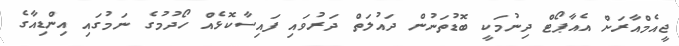
ޖީއެމްއާރަށް އެއާޕޯޓް ދިނުމަކީ ބޮޑުތަނުން ދައުލަތް ދަރުވައި ފައިސާކޮޅެއް ހޯދުމުގެ ނަމުގައި އިންޑިއާގެ